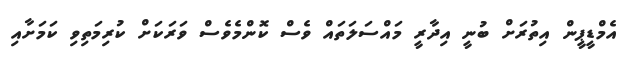
އެމްޑީޕީން އިތުރަށް ބުނީ އިދާރީ މައްސަލަތައް ވެސް ކޮންމެވެސް ވަރަކަށް ކުރިމަތިވި ކަމަށާއި